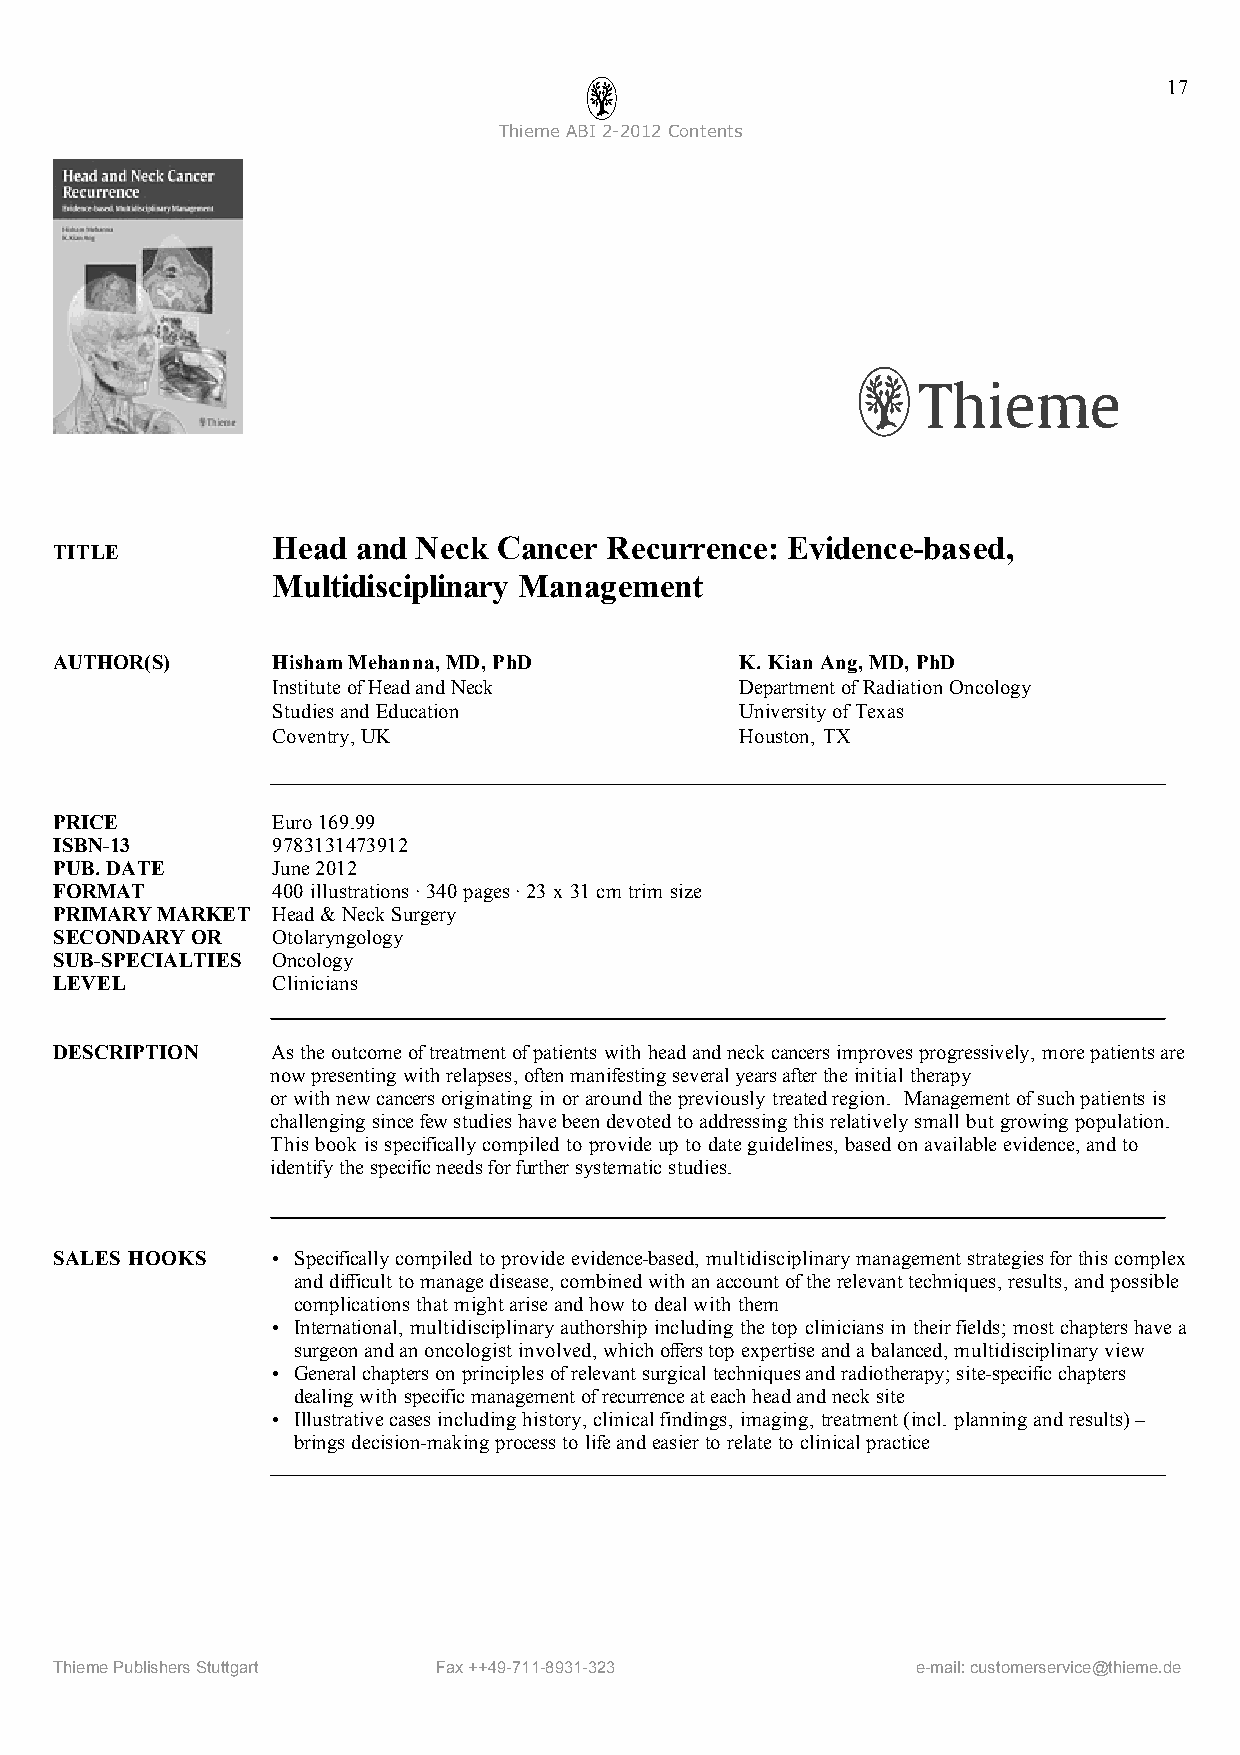
17
 ThiemeABI2-2012Contents
 Head  and Neck Cancer Recurrence: Evidence-based,
 TITLE
 Multidisciplinary Management
 AUTHOR(S)     HishamMehanna,MD, PhD          K. Kian Ang,MD, PhD
 InstituteofHeadandNeck         DepartmentofRadiation Oncology
 Studiesand Education           University ofTexas
 Coventry,UK                    Houston, TX
 PRICE         Euro169.99
 ISBN-13       9783131473912
 PUB.DATE      June2012
 FORMAT        400 illustrations·340 pages·23x 31cm trim size
 PRIMARYMARKET Head &NeckSurgery
 SECONDARYOR   Otolaryngology
 SUB-SPECIALTIES Oncology
 LEVEL         Clinicians
 DESCRIPTION   Astheoutcomeoftreatmentofpatientswith headandneckcancersimprovesprogressively, morepatientsare
 nowpresenting withrelapses,often manifesting severalyearsaftertheinitial therapy
 orwith newcancersoriginating in oraroundthepreviously treatedregion. Managementofsuchpatients is
 challenging sincefewstudieshavebeendevotedtoaddressing thisrelatively small but growing population.
 This book is specificallycompiled to provideup to dateguidelines, basedonavailableevidence,and to
 identifythespecificneedsforfurthersystematicstudies.
 SALES HOOKS   • Specificallycompiled to provideevidence-based, multidisciplinarymanagementstrategiesforthiscomplex
 anddifficult to managedisease,combinedwith anaccountoftherelevanttechniques,results, and possible
 complications that mightariseandhowto dealwith them
 • International, multidisciplinaryauthorship including thetop cliniciansin theirfields; mostchaptershavea
 surgeonandanoncologist involved,whichofferstop expertiseandabalanced, multidisciplinaryview
 • Generalchapterson principlesofrelevantsurgical techniquesandradiotherapy;site-specificchapters
 dealingwith specificmanagementofrecurrenceateachheadandnecksite
 • Illustrativecasesincluding history,clinicalfindings, imaging, treatment(incl. planningandresults)–
 bringsdecision-making processto lifeandeasierto relateto clinicalpractice
 ThiemePublishersStuttgart Fax++49-711-8931-323           e-mail:customerservice@thieme.de